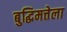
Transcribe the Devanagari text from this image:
बुद्धिमत्तेला